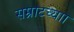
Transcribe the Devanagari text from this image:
सम्राटच्याा